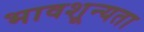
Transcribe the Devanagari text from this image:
भावशून्यता